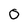
Character: 0